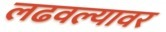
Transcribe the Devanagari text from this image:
लढवल्यावर